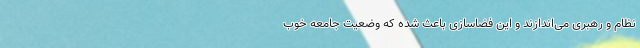
نظام و رهبری می‌اندازند و این فضاسازی باعث شده که وضعیت جامعه خوب